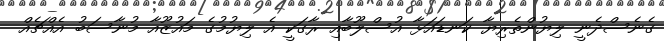
ގެނެސްދެނީ ލިޔުންތެރިޔާ ކަނޑައަޅާ އުސްލޫބާއި ރާގަކީ އެ ލިޔުމުގެ މައުޒޫއާ މުނާސަބު އެއްޗެއް